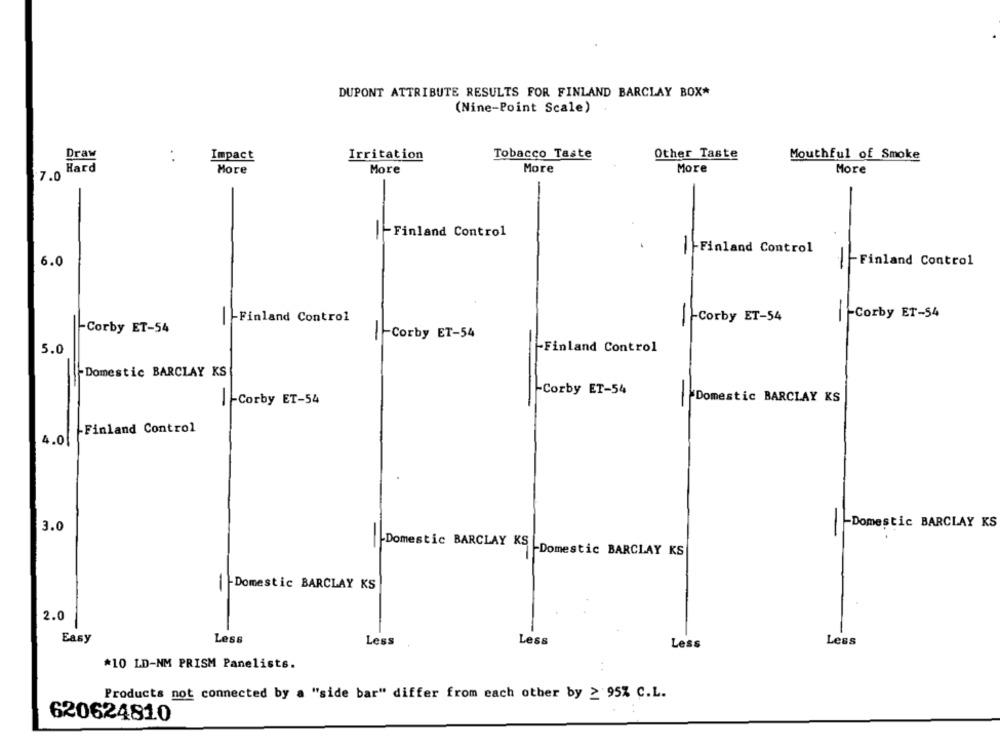
DUPONT ATTRIBUTE RESULTS FOR FINLAND BARCLAY BOX*
(Nine-Point Scale)
Draw
Impact
Irritation
Tobacco Taste
Other Taste
Mouthful of Smoke
Hard
More
More
More
More
More
7.0
-Finland Control
1-Finland Control
6.0
-Finland Control
-Corby ET-54
|-Finland Control
-Corby ET-54
-Corby ET-54
-Corby ET-54
5.0
-Finland Control
-Domestic BARCLAY KS
-Corby ET-54
1-Corby ET-54
Domestic BARCLAY KS
Finland Control
4.0
-Domestic BARCLAY KS
3.0
Domestic BARCLAY KS -Domestic BARCLAY KS
-Domestic BARCLAY KS
2.0
Easy
Less
Less
Less
Less
Less
*10 LD-NM PRISM Panelists.
Products not connected by a "side bar" differ from each other by ≥ 95% C.L.
620624810